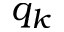
q _ { k }